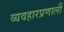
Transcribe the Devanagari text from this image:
व्यवहारप्रणाली